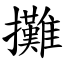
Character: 攤